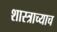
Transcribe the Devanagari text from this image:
शास्त्राच्याच